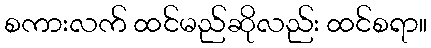
စကားလက် ထင်မည်ဆိုလည်း ထင်စရာ။